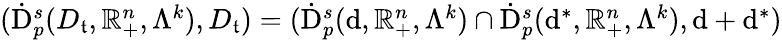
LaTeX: \begin{array}{r}{(\dot{\mathrm{D}}_{p}^{s}(D_{\mathfrak{t}},\mathbb{R}_{+}^{n},\Lambda^{k}),D_{\mathfrak{t}})=(\dot{\mathrm{D}}_{p}^{s}(\mathrm{d},\mathbb{R}_{+}^{n},\Lambda^{k})\cap\dot{\mathrm{D}}_{p}^{s}(\mathrm{d}^{\ast},\mathbb{R}_{+}^{n},\Lambda^{k}),\mathrm{d}+\mathrm{d}^{\ast})}\end{array}